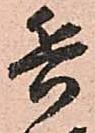
兵